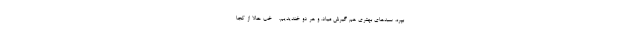
بپره، سبدهای بهتری هم گیرش میاد. و هر دو خندیدیم. - خب حالا از کجا